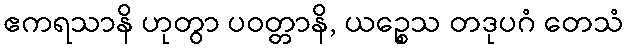
ဧကရသာနိ ဟုတွာ ပဝတ္တာနိ, ယဉ္စေသ တဒုပဂံ တေသံ